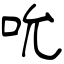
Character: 吮